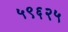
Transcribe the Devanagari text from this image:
५९६२५